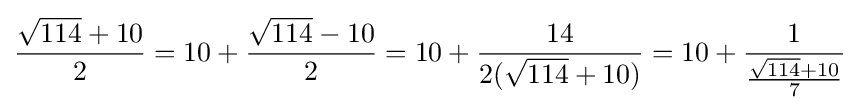
{\frac {{\sqrt {114}}+10}{2}}=10+{\frac {{\sqrt {114}}-10}{2}}=10+{\frac {14}{2({\sqrt {114}}+10)}}=10+{\frac {1}{\frac {{\sqrt {114}}+10}{7}}}